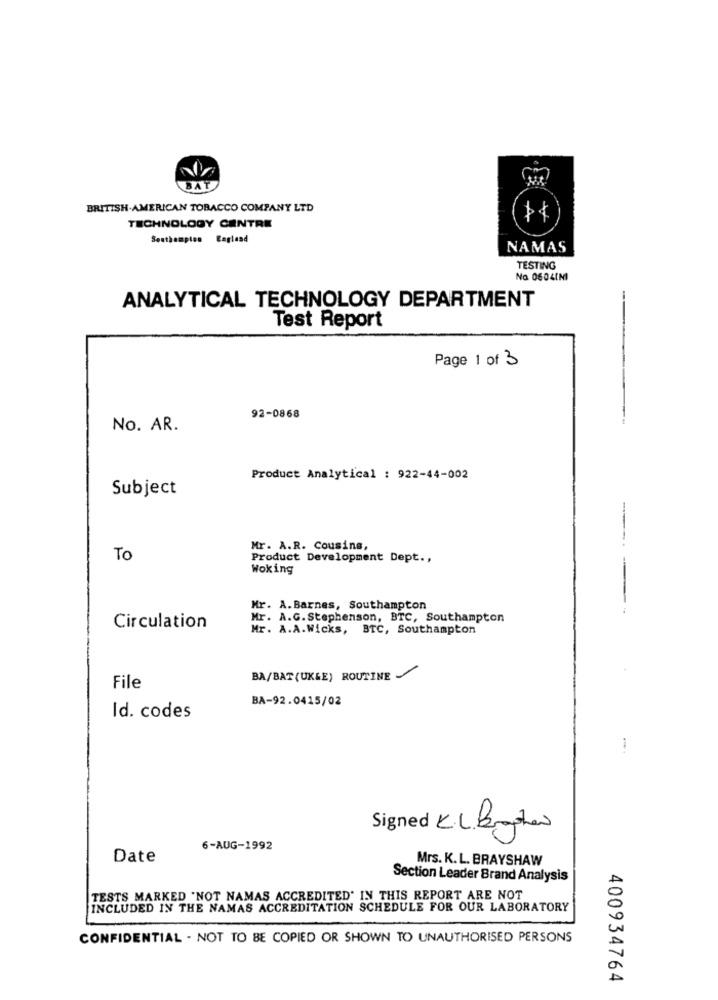
BRITISH-AMERICAN TOBACCO COMPANY LTD
A
TECHNOLOGY CENTRE
Southampton Eaglead
NAMAS
TESTING
No 0604CM
ANALYTICAL TECHNOLOGY DEPARTMENT
Test Report
Page 1 of 3
92-0868
No. AR.
Product Analytical : 922-44-002
Subject
-
Mr. A.R. Cousins,
To
Product Development Dept .,
Woking
Mr. A.Barnes, Southampton
Mr. A.G. Stephenson, BTC, Southampton
Circulation
Mr. A.A.Wicks, BTC, Southampton
BA/BAT (UK&E) ROUTINE .
File
BA-92.0415/02
Id. codes
Signed KL Brother
6-AUG-1992
Date
Mrs. K. L. BRAYSHAW
Section Leader Brand Analysis
TESTS MARKED "NOT NAMAS ACCREDITED' IN THIS REPORT ARE NOT
INCLUDED IN THE NAMAS ACCREDITATION SCHEDULE FOR OUR LABORATORY
CONFIDENTIAL . NOT TO BE COPIED OR SHOWN TO UNAUTHORISED PERSONS
400934764